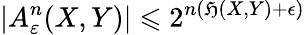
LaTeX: \left|A_{\varepsilon}^{n}(X,Y)\right|\leqslant2^{n(\mathfrak{H}(X,Y)+\epsilon)}